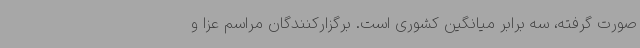
صورت گرفته، سه برابر میانگین کشوری است. برگزارکنندگان مراسم عزا و